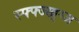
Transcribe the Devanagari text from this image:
स्फ्फ्ज्ख्ग्ज